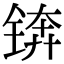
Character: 锛